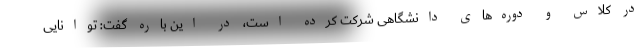
در کلاس و دوره‌های دانشگاهی شرکت کرده است، در این باره گفت: توانایی